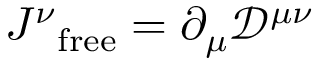
{ J ^ { \nu } } _ { \mathrm { f r e e } } = \partial _ { \mu } { \mathcal { D } } ^ { \mu \nu }